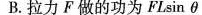
B.拉力F做的功为FL\sinθ